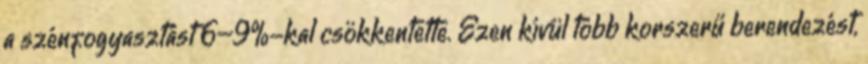
a szénfogyasztást 6–9%-kal csökkentette. Ezen kívül több korszerű berendezést,